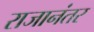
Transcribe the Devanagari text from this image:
राजानंतर